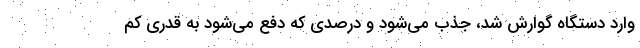
وارد دستگاه گوارش شد، جذب می‌شود و درصدی که دفع می‌شود به قدری کم